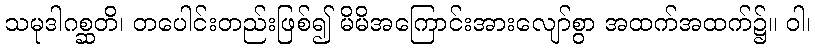
သမုဒါဂစ္ဆတိ၊ တပေါင်းတည်းဖြစ်၍ မိမိအကြောင်းအားလျော်စွာ အထက်အထက်၌။ ဝါ၊